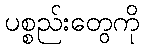
ပစ္စည်းတွေကို